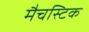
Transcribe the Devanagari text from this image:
मैचस्टिक